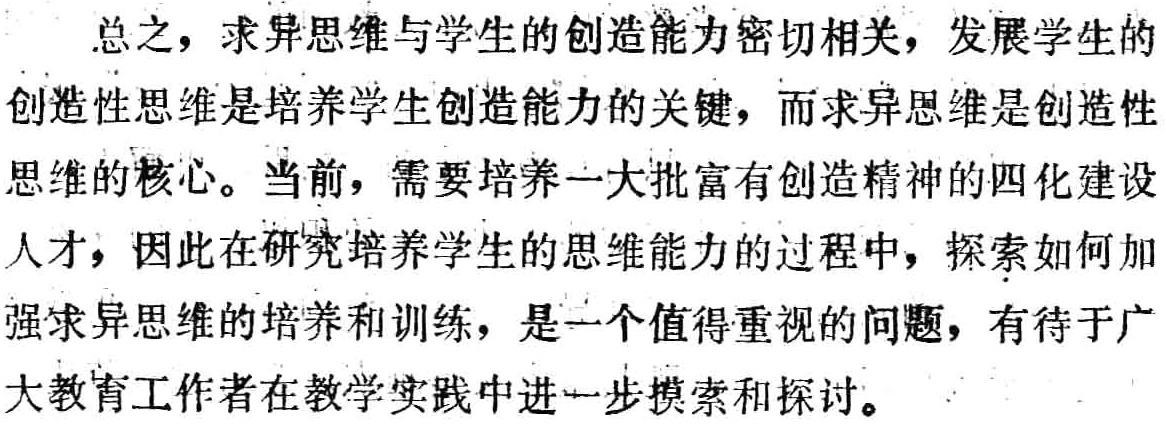
总之，求异思维与学生的创造能力密切相关，发展学生的创造性思维是培养学生创造能力的关键，而求异思维是创造性思维的核心。当前，需要培养一大批富有创造精神的四化建设人才，因此在研究培养学生的思维能力的过程中，探索如何加强求异思维的培养和训练，是一个值得重视的问题，有待于广大教育工作者在教学实践中进一步摸索和探讨。